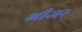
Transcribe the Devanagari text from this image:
भीमर